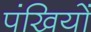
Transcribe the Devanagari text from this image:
पंखियों